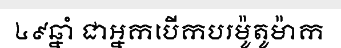
៤៩ឆ្នាំ ជាអ្នកបើកបរម៉ូតូម៉ាក